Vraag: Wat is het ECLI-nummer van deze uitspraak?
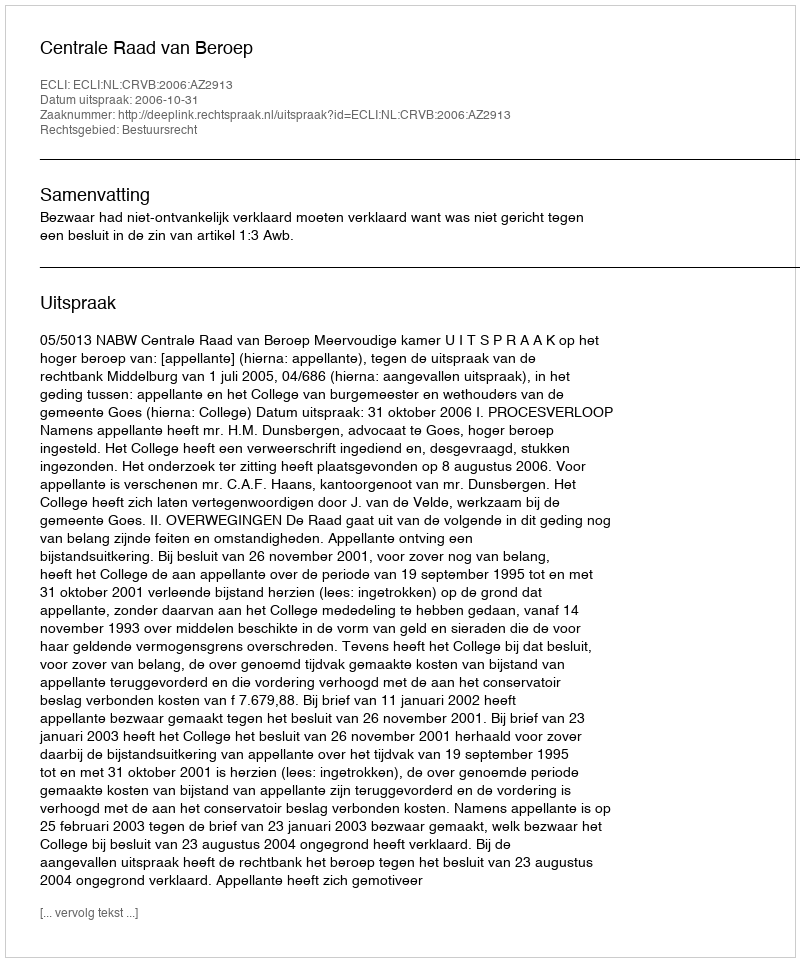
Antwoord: ECLI:NL:CRVB:2006:AZ2913